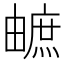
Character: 𤳐